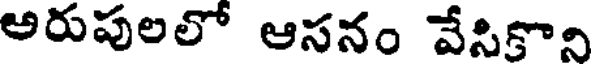
అరుపులలో ఆసనం వేసికొని